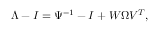
\begin{array} { r } { \Lambda - I = \Psi ^ { - 1 } - I + W \Omega V ^ { T } , } \end{array}